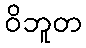
ဝိဘူတ